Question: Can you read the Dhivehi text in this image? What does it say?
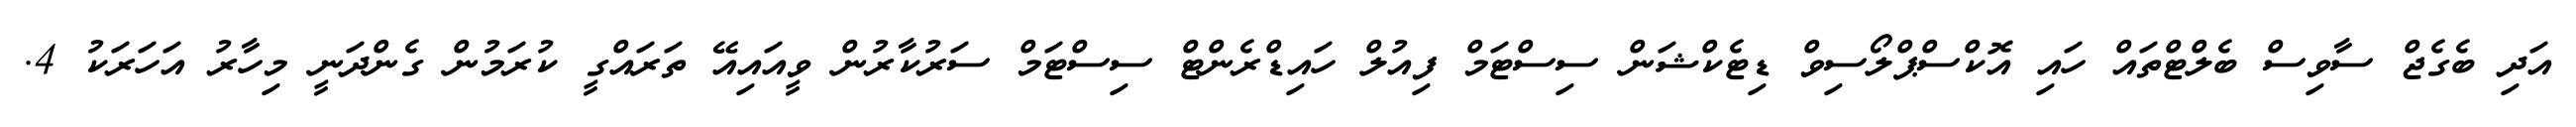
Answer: އަދި ބެގެޖް ސާވިސް ބެލްޓްތައް ހައި އޮކްސްޕްލޯސިވް ޑިޓެކްޝަން ސިސްޓަމް ފިއުލް ހައިޑްރެންޓް ސިސްޓަމް ސަރުކާރުން ވީއައިއޭ ތަރައްގީ ކުރަމުން ގެންދަނީ މިހާރު އަހަރަކު 4.